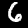
Label: 6